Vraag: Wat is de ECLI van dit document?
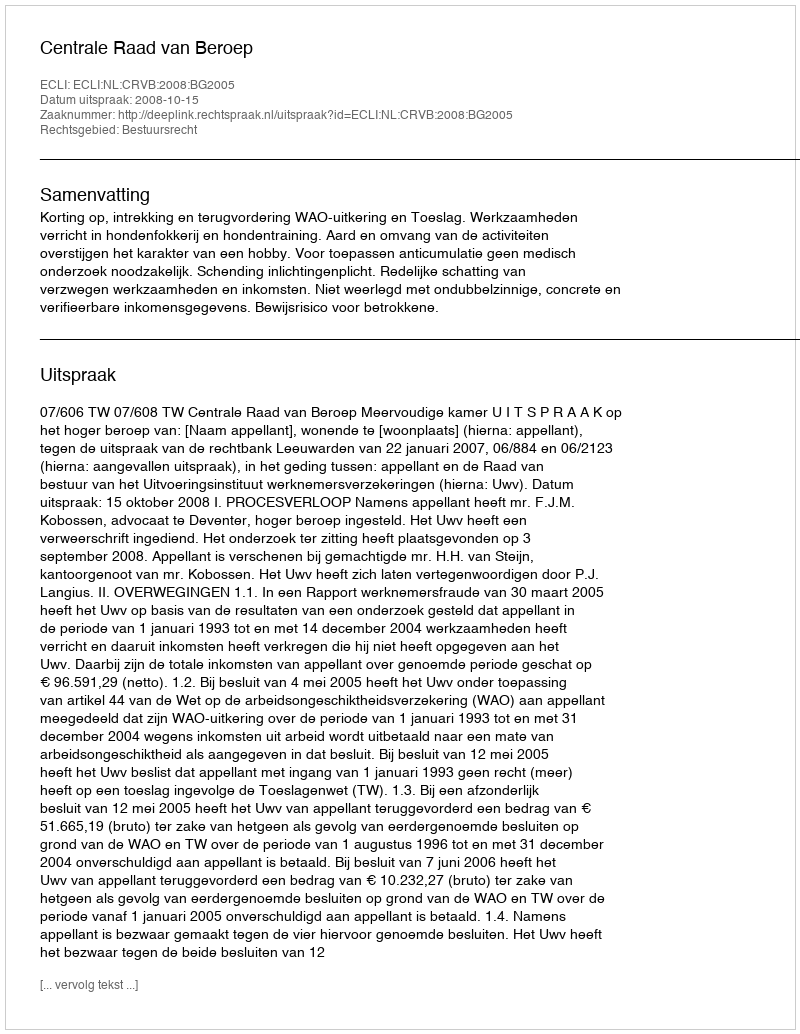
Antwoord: ECLI:NL:CRVB:2008:BG2005